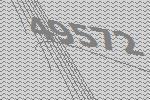
49572